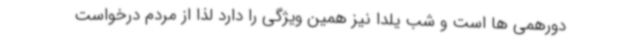
دورهمی ها است و شب یلدا نیز همین ویژگی را دارد لذا از مردم درخواست